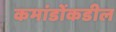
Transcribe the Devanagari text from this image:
कमांडोंकडील